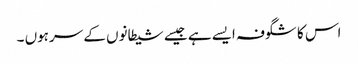
اس کا شگوفہ ایسے ہے جیسے شیطانوں کے سرہوں ۔